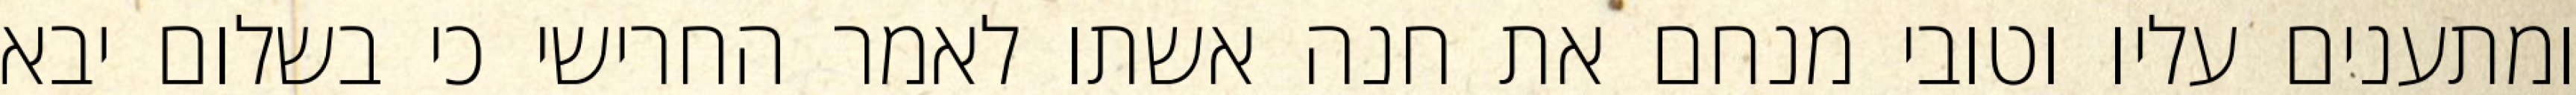
ומתענים עליו וטובי מנחם את חנה אשתו לאמר החרישי כי בשלום יבא